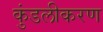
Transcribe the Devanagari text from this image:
कुंडलीकरण